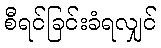
စီရင်ခြင်းခံရလျှင်